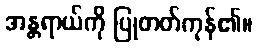
အန္တရာယ်ကို ပြုတတ်ကုန်၏။